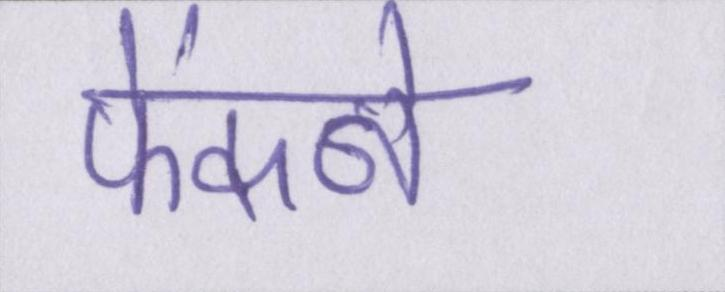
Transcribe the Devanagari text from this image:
फेंकने